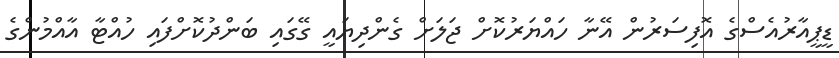
ޑީޕީއާރުއެސްގެ އޮފިސަރުން އޭނާ ހައްޔަރުކޮށް ޖަލަށް ގެންދިޔައީ ގޭގައި ބަންދުކޮށްފައި ހުއްޓާ އާއްމުންގެ